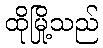
ထိုမြို့သည်